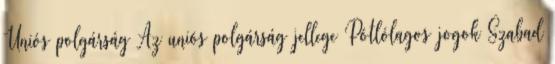
Uniós polgárság Az uniós polgárság jellege Pótlólagos jogok Szabad